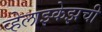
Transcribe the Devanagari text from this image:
व्हेलाझ्केझची